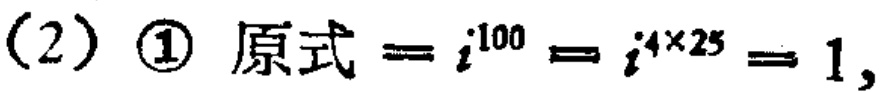
(2) \textcircled{1} 原式$=i^{100}=i^{4\times25}=1,$